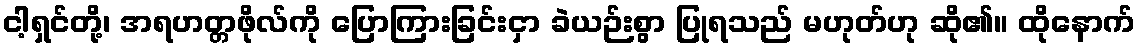
ငါ့ရှင်တို့၊ အရဟတ္တဖိုလ်ကို ပြောကြားခြင်းငှာ ခဲယဉ်းစွာ ပြုရသည် မဟုတ်ဟု ဆို၏။ ထိုနောက်